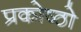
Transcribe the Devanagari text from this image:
प्रकोष्ठो